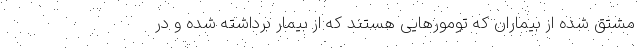
مشتق شده از بیماران که تومورهایی هستند که از بیمار برداشته شده و در